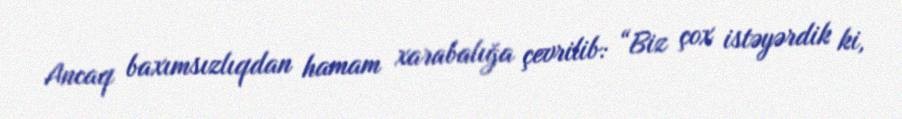
Ancaq baxımsızlıqdan hamam xarabalığa çevrilib: “Biz çox istəyərdik ki,